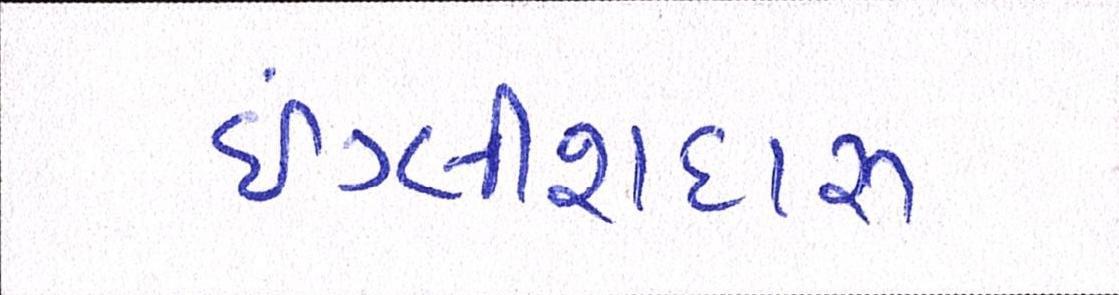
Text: ઇંગ્લીશદારૂ